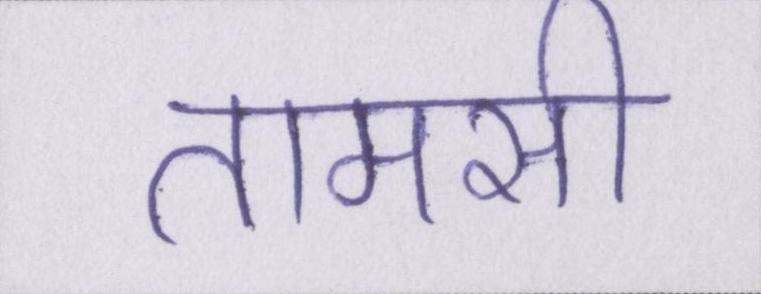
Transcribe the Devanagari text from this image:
तामसी